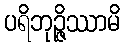
ပရိဘုဉ္ဇိဿာမိ